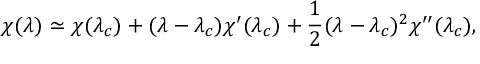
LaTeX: \chi ( \lambda ) \simeq \chi ( \lambda _ { c } ) + ( \lambda - \lambda _ { c } ) \chi ^ { \prime } ( \lambda _ { c } ) + { \frac { 1 } { 2 } } ( \lambda - \lambda _ { c } ) ^ { 2 } \chi ^ { \prime \prime } ( \lambda _ { c } ) ,